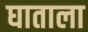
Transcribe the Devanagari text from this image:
घाताला